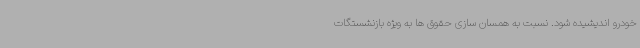
خودرو اندیشیده شود. نسبت به همسان سازی حقوق ها به ویژه بازنشستگات